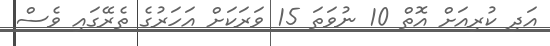
އަދި ކުރިއަށް އޮތް 10 ނުވަތަ 15 ވަރަކަށް އަހަރުގެ ތެރޭގައި ވެސް